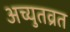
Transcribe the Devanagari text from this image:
अच्युतव्रत